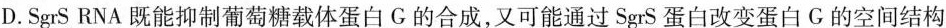
D.SgrS RNA既能抑制葡萄糖载体蛋白G的合成，又可能通过SgrS蛋白改变蛋白G的空间结构